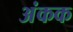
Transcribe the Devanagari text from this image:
अंकक